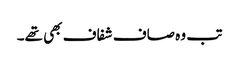
تب وہ صاف شفاف بھی تھے۔